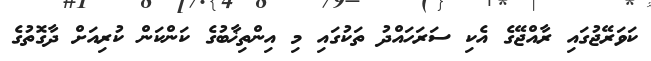
ކަވަރޭޖުގައި ރާއްޖޭގެ އެކި ސަރަހައްދު ތަކުގައި މި އިންތިޚާބުގެ ކަންކަން ކުރިއަށް ދާގޮތުގެ